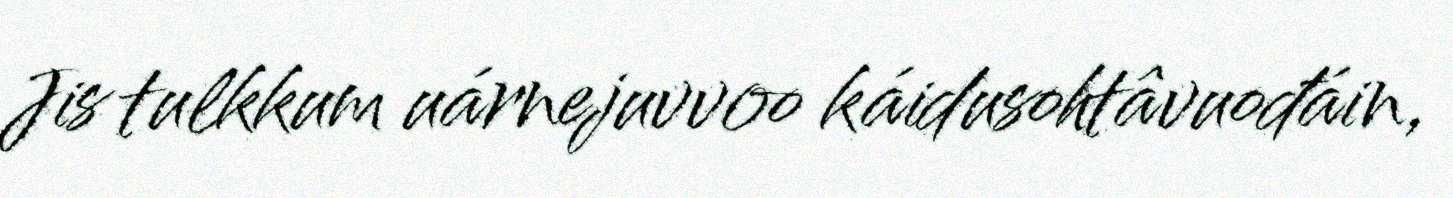
Jis tulkkum uárnejuvvoo káidusohtâvuođáin,